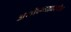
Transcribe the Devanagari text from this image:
अशोकचक्रावरील